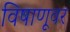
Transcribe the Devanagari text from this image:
विषाणूवर